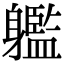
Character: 𨊔